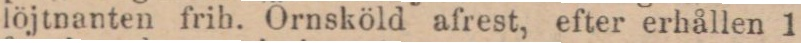
löjtnanten frih. Örnsköld afrest, efter erhållen 1